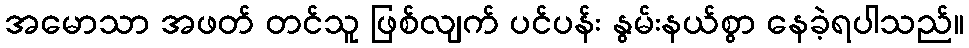
အမောသာ အဖတ် တင်သူ ဖြစ်လျက် ပင်ပန်း နွမ်းနယ်စွာ နေခဲ့ရပါသည်။